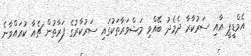
އެމްޑީޕީ އާއި ސަރުކާރާ ދެމެދު ބޭއްވި މަޝްވަރާތަކުގައި ސަރުކާރުގެ ފަރާތުން ޗެއާ ކުރައްވާނެ